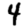
Digit: 4